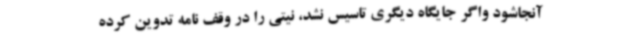
آنجاشود واگر جایگاه دیگری تاسیس نشد، نیتی را در وقف نامه تدوین کرده